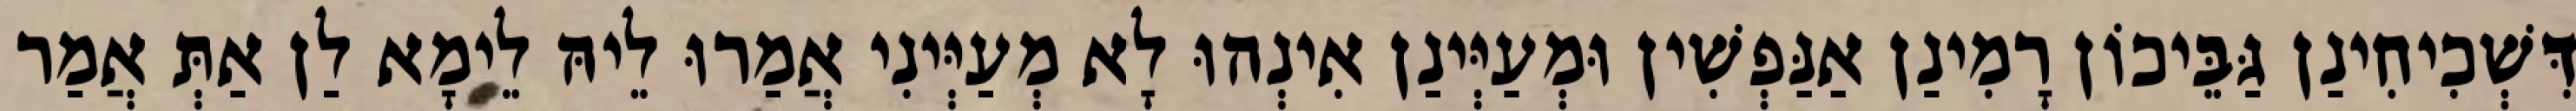
דִּשְׁכִיחִינַן גַּבֵּיכוֹן רָמִינַן אַנַּפְשִׁין וּמְעַיְּינַן אִינְהוּ לָא מְעַיְּינִי אֲמַרוּ לֵיהּ לֵימָא לַן אַתְּ אֲמַר